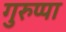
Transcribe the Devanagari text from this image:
गुरुप्पा